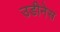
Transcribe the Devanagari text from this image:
उडीनेस